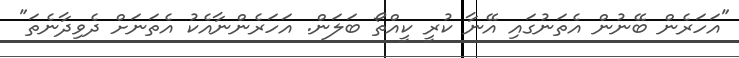
"އަހަރެން ބޭނުން އެތަނުގައި އޭނާ ކުރީ ކީއްތޯ ބަލަން. އަހަރެންނާއެކު އެތަނަށް ދެވިދާނެތަ"